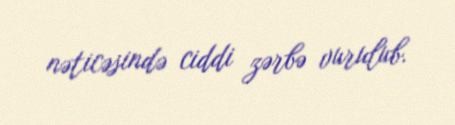
nəticəsində ciddi zərbə vurulub.